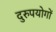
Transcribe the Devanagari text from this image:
दुरुपयोगों